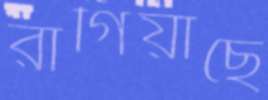
রাগিয়াছে